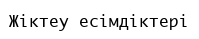
Жіктеу есімдіктері